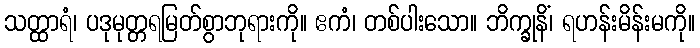
သတ္ထာရံ၊ ပဒုမုတ္တရမြတ်စွာဘုရားကို။ ဧကံ၊ တစ်ပါးသော။ ဘိက္ခုနိံ၊ ရဟန်းမိန်းမကို။